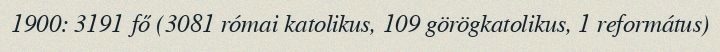
1900: 3191 fő (3081 római katolikus, 109 görögkatolikus, 1 református)